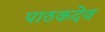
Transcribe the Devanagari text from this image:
पाठकदेव